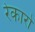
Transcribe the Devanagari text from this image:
रेकारो